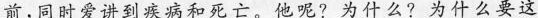
前,同时爱讲到疾病和死亡。他呢?为什么?为什么要这